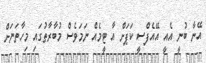
އޭނާ ބުނީ އެއީ އޭއެފްސީ ކަޕަށް އާ ޓީމެއް ނަމަވެސް މުބާރާތުގައި މިހާތަނަށް